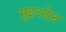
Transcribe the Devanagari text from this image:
मुइओल